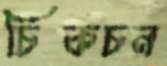
চিকচন